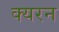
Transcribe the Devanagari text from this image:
क्यरन